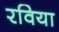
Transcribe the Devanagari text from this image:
रविया